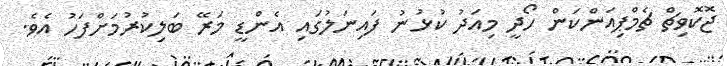
ޖޮކޮވިޗް ޗެމްޕިއަންކަން ހޯދީ މިއަދު ކުޅުނު ފައިނަލުގައި އެންޑީ މަރޭ ބަލިކުރުމަށްފަހު އެވެ.